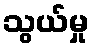
သွယ်မှု